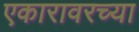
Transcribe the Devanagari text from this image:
एकारावरच्या